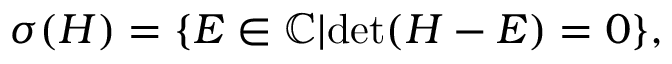
\begin{array} { r } { \sigma ( H ) = \{ E \in \mathbb { C } | \mathrm { d e t } ( H - E ) = 0 \} , } \end{array}